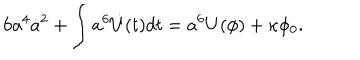
6 a ^ { 4 } \dot { a } ^ { 2 } + \int a ^ { 6 } \dot { U } ( t ) d t = a ^ { 6 } U ( \phi ) + \kappa \phi _ { 0 } .